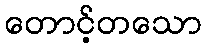
တောင့်တသော